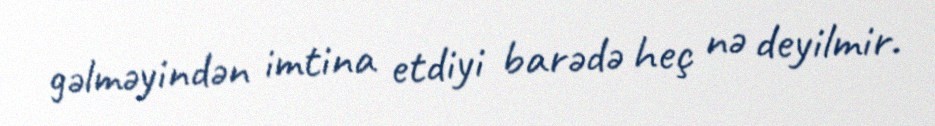
gəlməyindən imtina etdiyi barədə heç nə deyilmir.